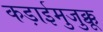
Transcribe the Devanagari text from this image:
कड़ाईमुजुक्कू